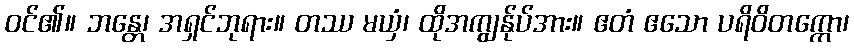
ဝင်၏။ ဘန္တေ၊ အရှင်ဘုရား။ တဿ မယှံ၊ ထိုအကျွန်ုပ်အား။ ဧတံ ဧသော ပရိဝိတက္ကော၊